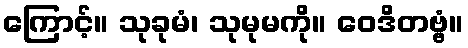
ကြောင့်။ သုခုမံ၊ သုမုမကို။ ဝေဒိတဗ္ဗံ။